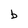
Character: b